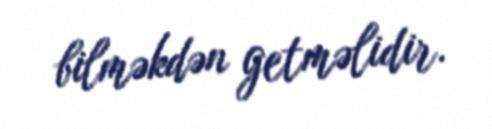
bilməkdən getməlidir.